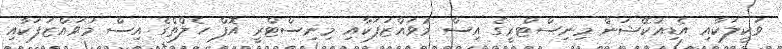
ވަކީލަކާއި އެޑިއުކޭޝަން މިނިސްޓްރީގެ އިސް މުވައްޒަފަކާއި މިނިސްޓްރީ އޮފް ހެލްތްގެ އިސް މުވައްޒަފަކާއި